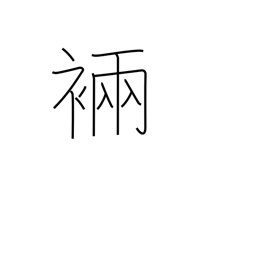
Meaning: ancient robe